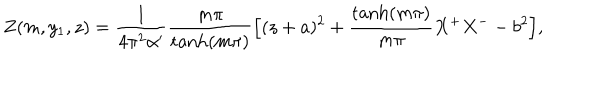
LaTeX: Z ( m , y _ { 1 } , z ) = \frac { 1 } { 4 \pi ^ { 2 } \alpha ^ { \prime } } \frac { m \pi } { \tanh ( m \pi ) } \Bigl [ ( z + a ) ^ { 2 } + \frac { \tanh ( m \pi ) } { m \pi } X ^ { + } X ^ { -- } b ^ { 2 } \Bigr ] ,